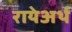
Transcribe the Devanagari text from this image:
रायेअर्थ